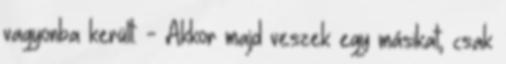
vagyonba került. - Akkor majd veszek egy másikat, csak